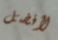
لأفضل